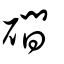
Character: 磵